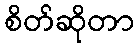
စိတ်ဆိုတာ